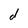
Character: d